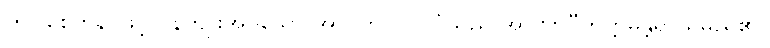
(၅) စေတနာဖြင့်လွန်ကျူးအပ်သော အာပတ် (၇) ပုံသည် အာဏာဝီကိက္ကမန္တရာယ်မည်၏။